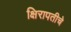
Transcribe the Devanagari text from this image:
क्षिरापतीचे